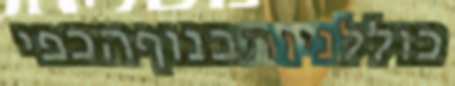
כוללניותבנוףהכפי